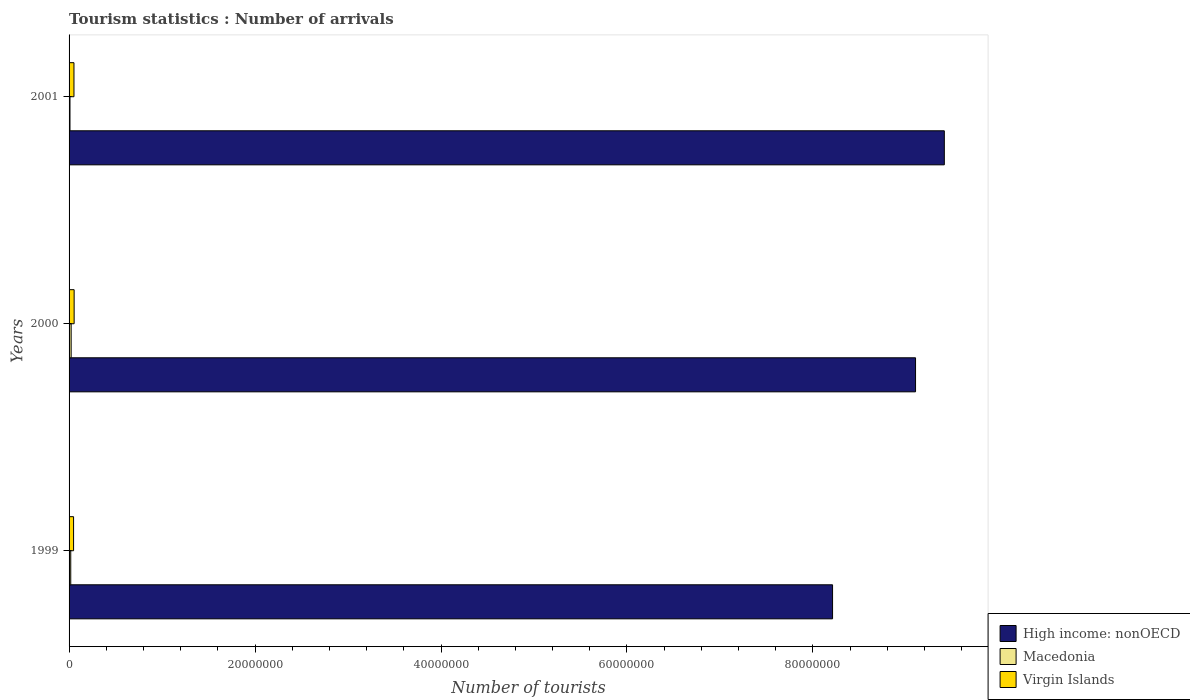
| Years | High income: nonOECD | Macedonia | Virgin Islands |
 | --- | --- | --- | --- |
 | 1999 | 8.21e+07 | 1.81e+05 | 4.84e+05 |
 | 2000 | 9.1e+07 | 2.24e+05 | 5.46e+05 |
 | 2001 | 9.41e+07 | 9.9e+04 | 5.27e+05 |